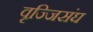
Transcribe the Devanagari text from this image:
वृज्जिसंघ